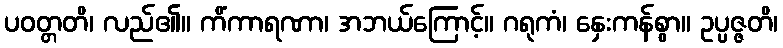
ပဝတ္တတိ၊ လည်၏။ ကိံကာရဏာ၊ အဘယ်ကြောင့်။ ဂရုကံ၊ နှေးကန်စွာ။ ဥပ္ပဇ္ဇတိ၊